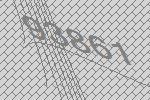
93861